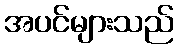
အပင်များသည်